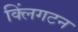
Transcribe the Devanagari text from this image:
क्लिंगटन